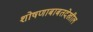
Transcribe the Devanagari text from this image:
शोषणाबाबतदेखील